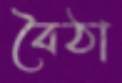
বৈঠা